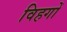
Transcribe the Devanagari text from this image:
विहगों